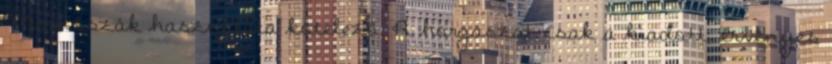
Merítőszák használata kötelező. A horgászat csak a kiadott, érvényes